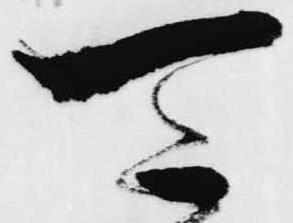
可